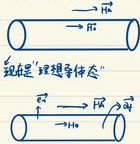
短程“理想等体态”
\(\xrightarrow[]{ \text{H} }\)
\(\xrightarrow[]{ \text{H} } \text{He}\)
\(\xrightarrow[]{ \text{H} } \text{He}^{4}\)